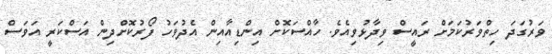
ވަރުގަދަ ހިތްވަރުކަމަށް ރައީސް ވިދާޅުވިއެވެ. ހާއްސަކޮށް އިންޑިއާއިން އެދުވަހު ފޯރުކޮށްދިން އަސްކަރީ އަވަސް